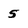
Character: S